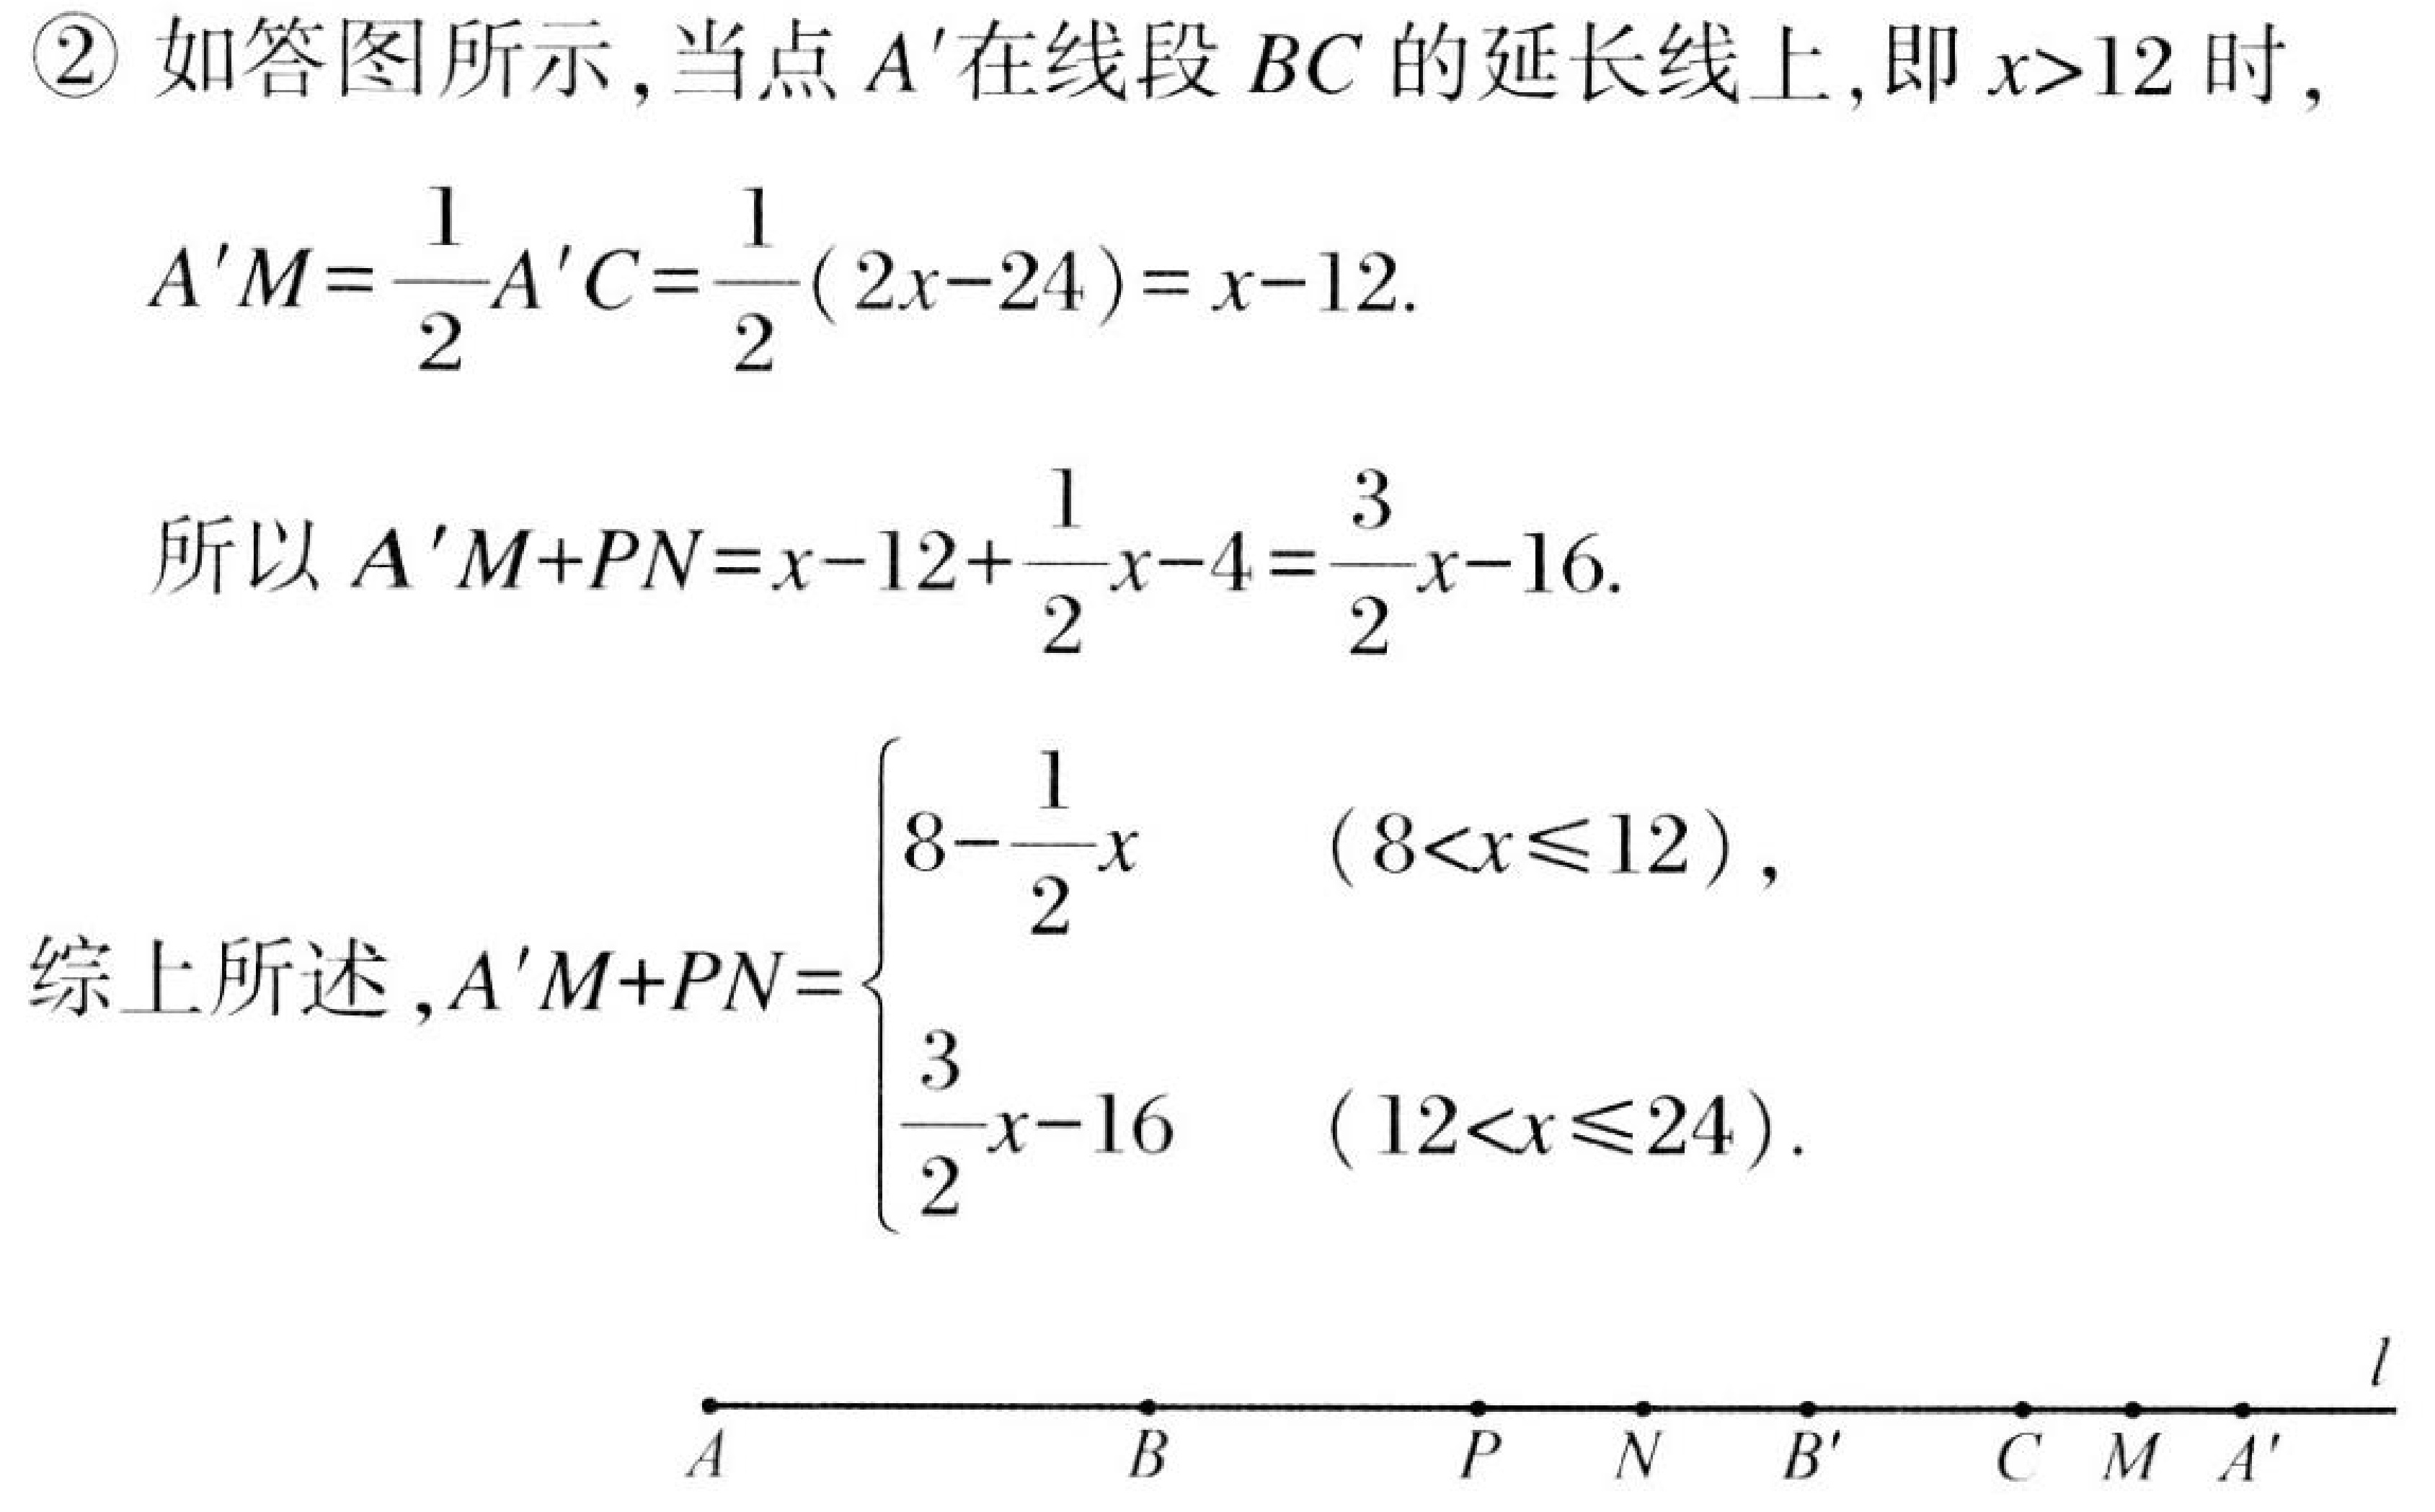
\textcircled{2} 如答图所示,当点 \(A'\) 在线段 \(BC\) 的延长线上,即 \(x > 12\) 时,
\[
A'M=\frac{1}{2}A'C=\frac{1}{2}(2x - 24)=x - 12.
\]
所以 \(A'M + PN=x - 12+\frac{1}{2}x - 4=\frac{3}{2}x - 16\).
综上所述, \(A'M + PN=\begin{cases}8-\frac{1}{2}x&(8 < x\leqslant12),\\\frac{3}{2}x - 16&(12 < x\leqslant24).\end{cases}\)